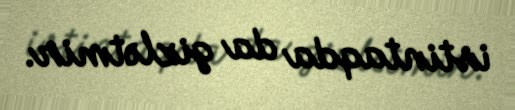
istintaqda da gizlətmir.